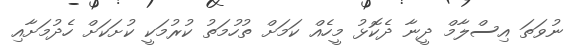
ނުވަތަ އިސްލާމް ދީނާ ދެކޮޅު މީހެއް ކަމަށް ތުހުމަތު ކުރުމަކީ ކުށަކަށް ހެދުމަށާއި